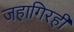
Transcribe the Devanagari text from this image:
जहागिरही